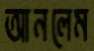
আনলেম